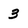
Character: 3